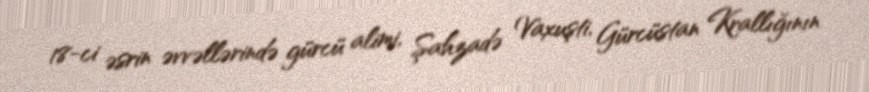
18-ci əsrin əvvəllərində gürcü alimi, Şahzadə Vaxuşti, Gürcüstan Krallığının